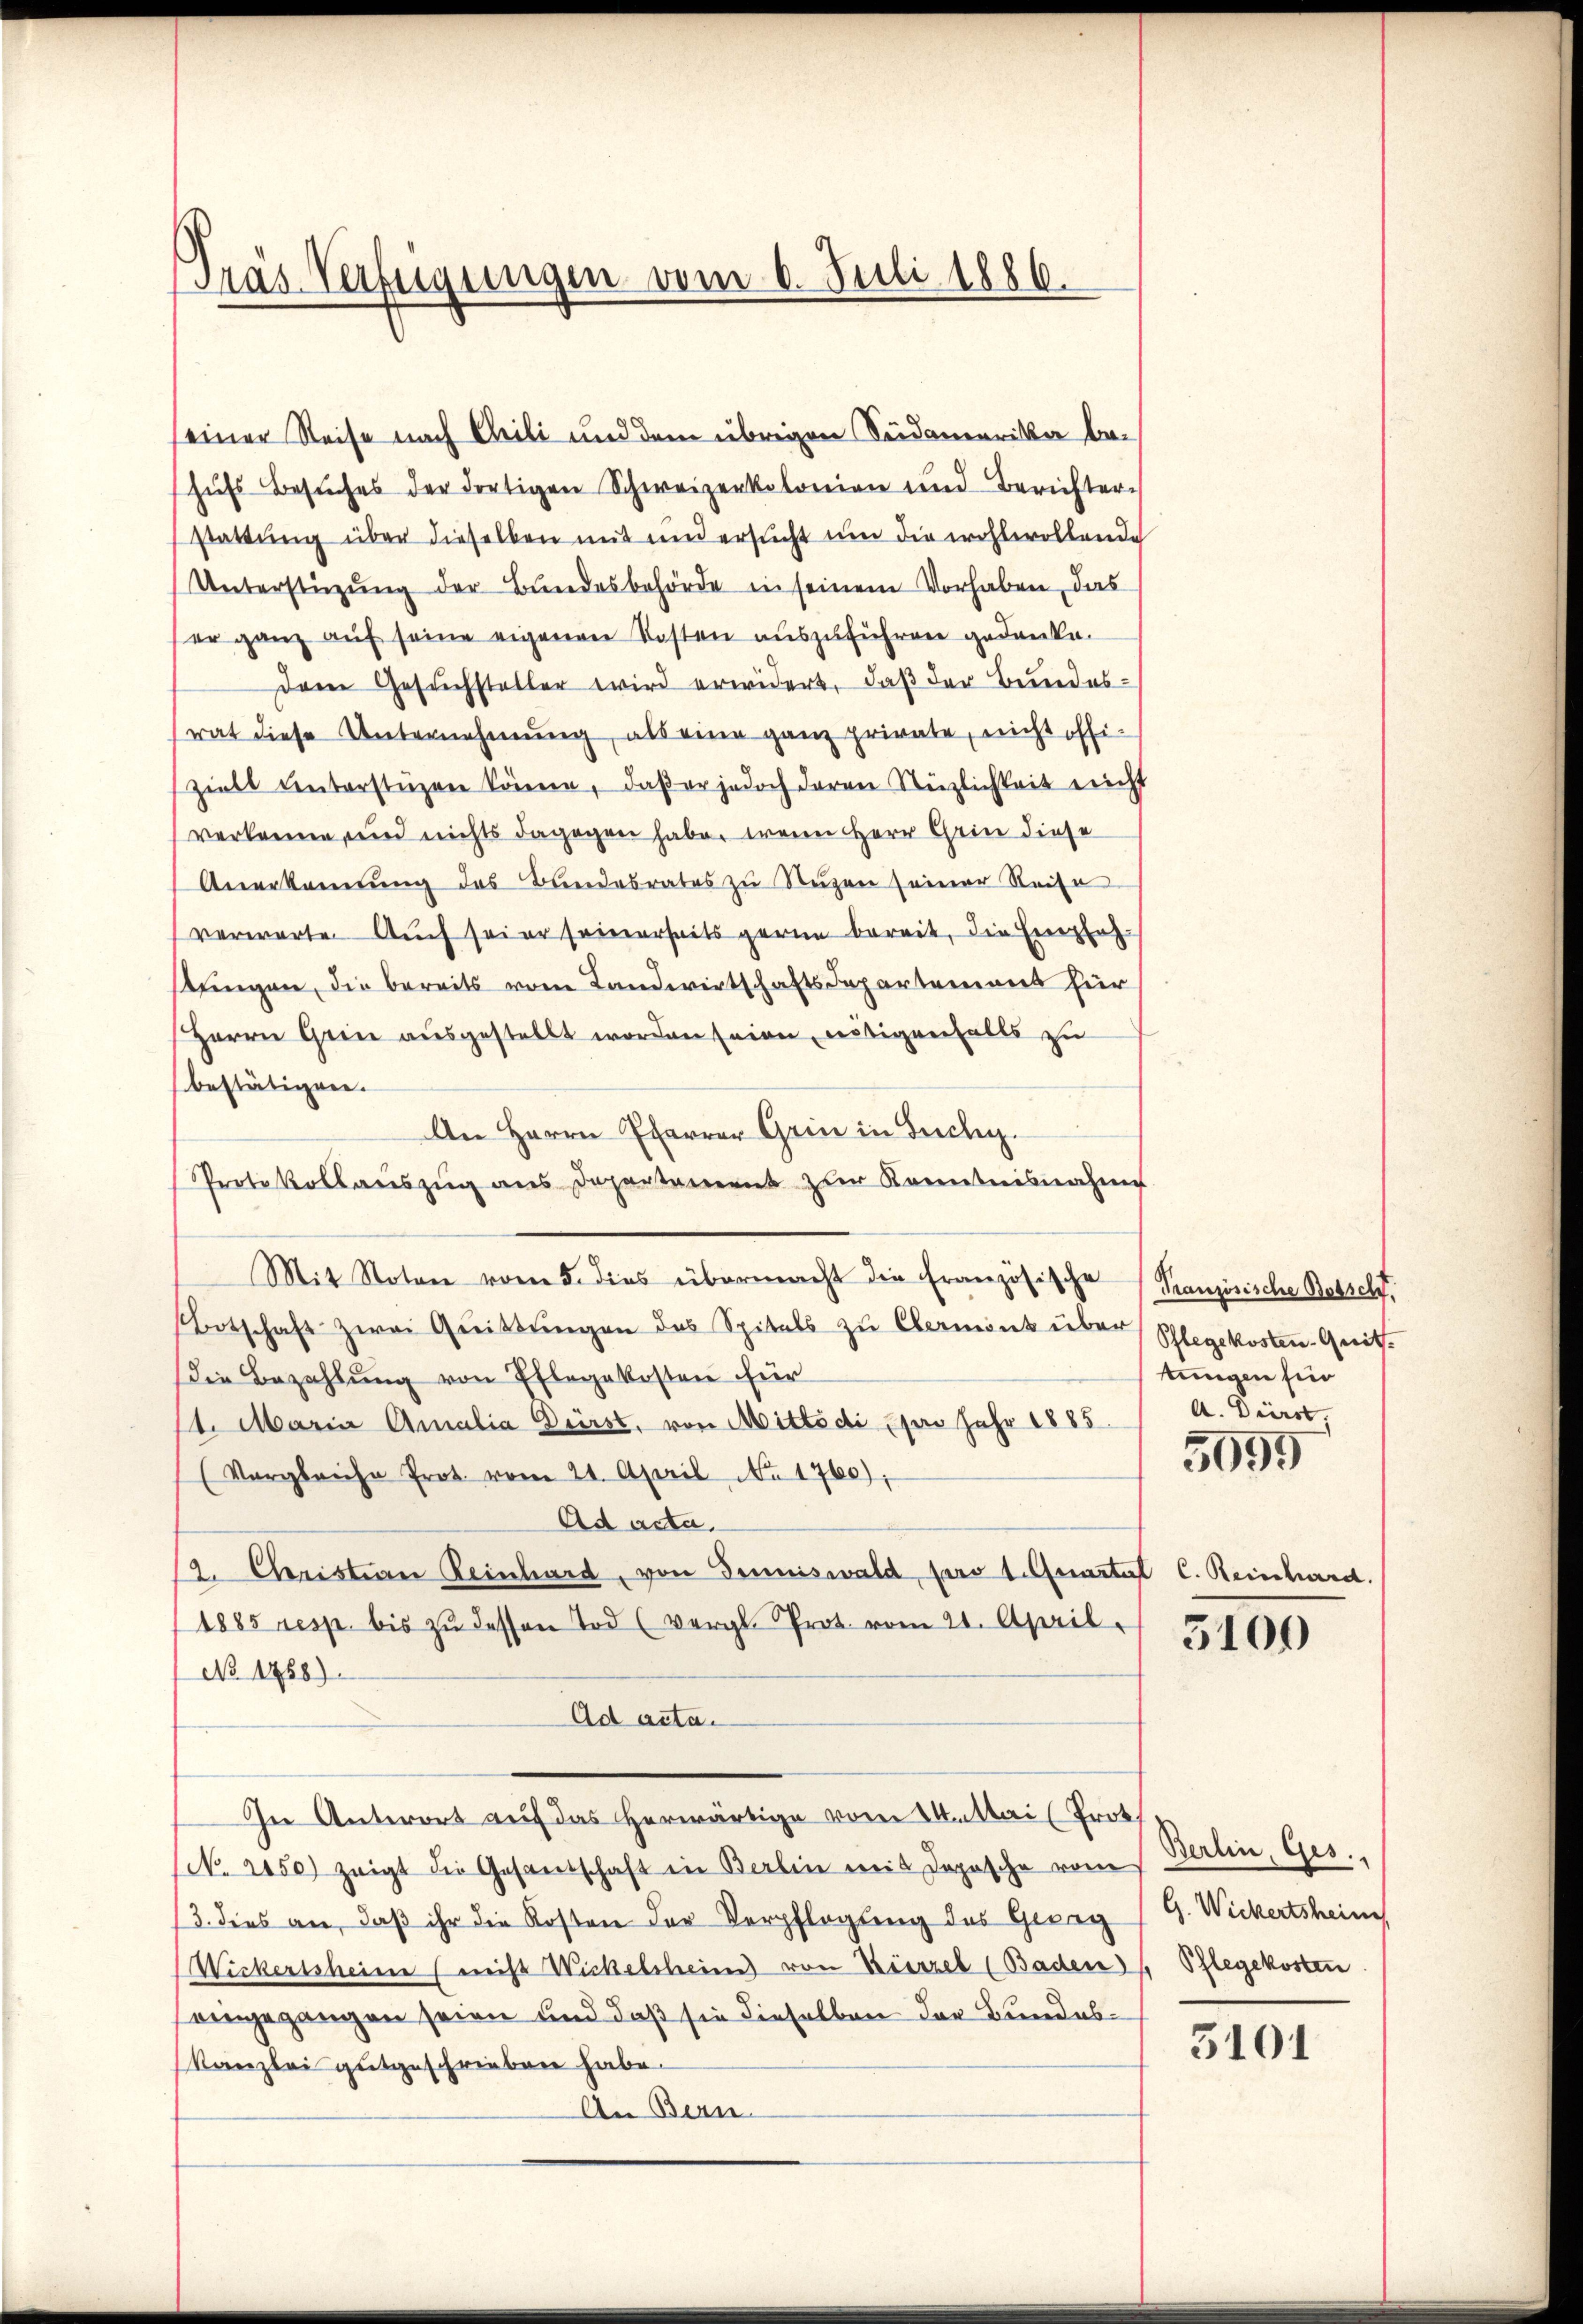
Pras Verfeigungen vom 6. Juli 1886.

einer Reise nach Chili und dem übrigen Seidamerika behufs Besuches der dortigen Schweizerkolonien und Berichter
stattung über dieselben mit und ersucht um die wohlwollende
(Unterstützŭng der Bŭndesbehörde in seinem Vorhaben, das
er ganz aŭf seine eigenen Kosten auszuführen gedanke.
Dem Gesuchsteller wird erwidert, daß der Bundesrat diese Unternehmung, als eine ganz private, nicht offiziell unterstüzen könne, daβ er jedoch daren Nezlichkeit nicht
verkenne, und nichts dagegen habe, wenn Herr Grin diese
Anerkennung des Bundesrates zu Nuzen seiner Reise
verwarte. Auch sei er seinerseits gerne bereit, die Empfehstungen, die bereits vom Landwirtschaftsdepartement für
Herrn Grine ausgestellt worden seien, nötigenfalls zu
bestätigen.
An Herrn Pfarrer Grin in Tuchy.
Protokollauszug aus Departement zur Kenntnisnahme
Mit Noten vom 5. dies übermacht die Französische
Botschaft zwei Quittŭngen des Spitals zŭ Obermont über Pflegekosten-Quitt.
Die Bezahlŭng von Pflegekosten für
11. Maria Amalia Dürst, von Mitto di pro Jahr 1885.
(Vergleiche Prot. vom 21. April No 1760),
Ad acta.
2. Christern Reinhard, von demniswald pro 1. Quartal C. Reinhard.
1885 resp. bis zŭ dessen Tod (vergl. Prot. vom 21. April.
No. 1758)
Ad acta.
In Antwort auf das herwärtige vom Mittei (Prok.
(No. 2050) zeigt die Gesandschaft in Berlin mit Dopische vom
/3. dies an, daß ihr die Kosten der Verpflegung des Gesag (G. Wickertsheim
Wickersscheine (nicht Wickelsheim von Wierzel (Baden Pflegekosten
eingegangen seien und daß sie dieselben der Bundes¬
Kanzlei gutgeschrieben habe.
An Bern

Französische Botsch.
tungen sin
A. Dierst,
5099

3100

Berlin, Ges.

3101